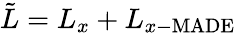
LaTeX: \tilde{L}=L_{x}+L_{x-\mathrm{MADE}}